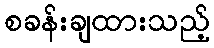
စခန်းချထားသည့်